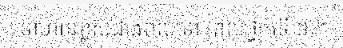
ទាហានខ្ពស់ជាងពលទោ (ពលថ្នាក់ទី ១)។